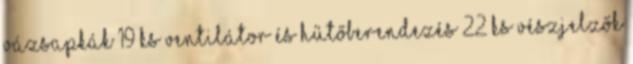
Vázsapkák 19 ks Ventilátor és hűtőberendezés 22 ks Vészjelzők